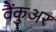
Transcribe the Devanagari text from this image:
वैंकुअर